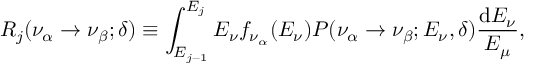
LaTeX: R _ { j } ( \nu _ { \alpha } \rightarrow \nu _ { \beta } ; \delta ) \equiv \int _ { E _ { j - 1 } } ^ { E _ { j } } E _ { \nu } f _ { \nu _ { \alpha } } ( E _ { \nu } ) P ( \nu _ { \alpha } \rightarrow \nu _ { \beta } ; E _ { \nu } , \delta ) \frac { \mathrm { d } E _ { \nu } } { E _ { \mu } } ,